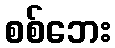
စစ်ဘေး